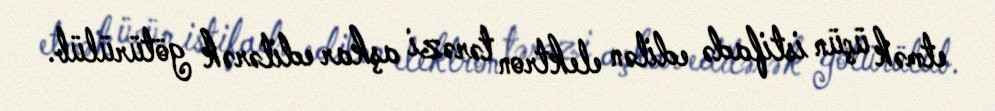
etmək üçün istifadə edilən elektron tərəzi aşkar edilərək götürülüb.